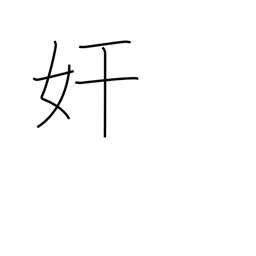
Meaning: mischief